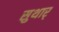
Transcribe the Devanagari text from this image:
सुथार्